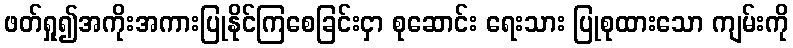
ဖတ်ရှု၍အကိုးအကားပြုနိုင်ကြစေခြင်းငှာ စုဆောင်း ရေးသား ပြုစုထားသော ကျမ်းကို